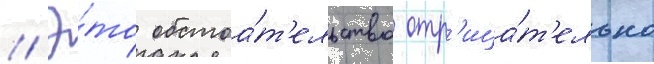
// Э́то обстоа́т'ельство отр'ица́т'ельно